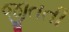
જીતતી